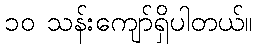
၁၀ သန်းကျော်ရှိပါတယ်။